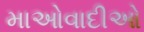
માઓવાદીઓ